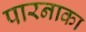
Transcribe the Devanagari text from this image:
पारनाका